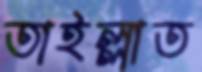
তাইল্লাত